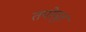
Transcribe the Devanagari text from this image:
तपोपूत